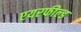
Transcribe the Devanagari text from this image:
एयरफील्‍ड